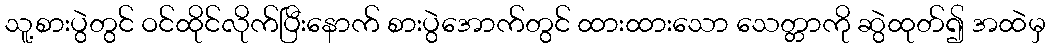
သူ့စားပွဲတွင် ဝင်ထိုင်လိုက်ပြီးနောက် စားပွဲအောက်တွင် ထားထားသော သေတ္တာကို ဆွဲထုတ်၍ အထဲမှ